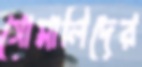
সোমালিদের